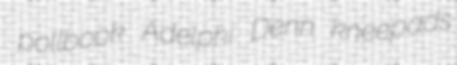
pollbook Adelphi Denn kneepads